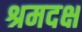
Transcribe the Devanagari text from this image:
श्रमदक्ष